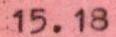
15.18